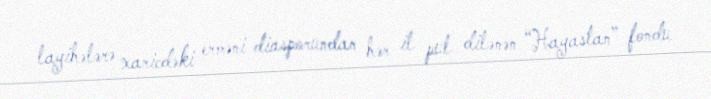
layihələrə xaricdəki erməni diasporundan hər il pul dilənən “Hayastan” fondu